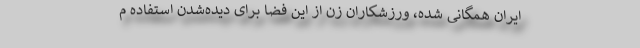
ایران همگانی شده، ورزشکاران زن از این فضا برای دیده‌شدن استفاده م